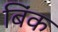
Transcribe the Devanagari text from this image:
बिंक